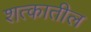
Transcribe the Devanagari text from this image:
शत्कातील